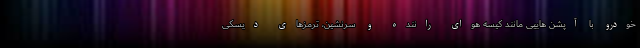
خودرو با آپشن هاییی مانند کیسه هوای راننده و سرنشین، ترمزهای دیسکی